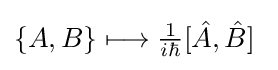
\{A,B\}\longmapsto {\tfrac {1}{i\hbar }}[{\hat {A}},{\hat {B}}]~